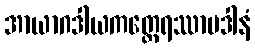
အာယာဂဒါယကတ္ထေရဿာပဒါနံ